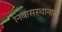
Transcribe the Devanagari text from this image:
निवासस्थानास